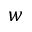
w